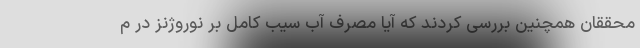
محققان همچنین بررسی کردند که آیا مصرف آب سیب کامل بر نوروژنز در م